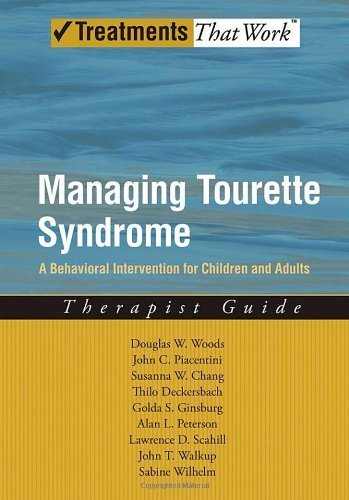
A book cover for Managing Tourette Syndrome: A Behavioral Intervention for Children and Adults Therapist Guide (Treatments That Work) by Woods. Douglas W ( 2008 ) Paperback; Health, Fitness & Dieting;